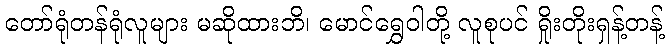
တော်ရုံတန်ရုံလူများ မဆိုထားဘိ၊ မောင်ရွှေဝါတို့ လူစုပင် ရှိုးတိုးရှန့်တန့်